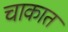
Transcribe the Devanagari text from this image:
चाकात